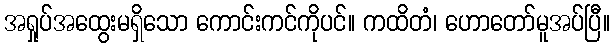
အရှုပ်အထွေးမရှိသော ကောင်းကင်ကိုပင်။ ကထိတံ၊ ဟောတော်မူအပ်ပြီ။